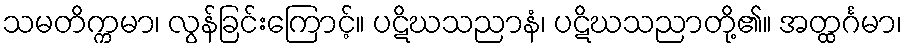
သမတိက္ကမာ၊ လွန်ခြင်းကြောင့်။ ပဋိဃသညာနံ၊ ပဋိဃသညာတို့၏။ အတ္ထင်္ဂမာ၊